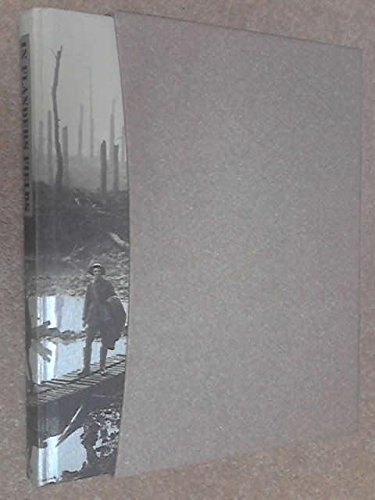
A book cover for In Flanders Fields: The 1917 Campaign; Leon Wolff; History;